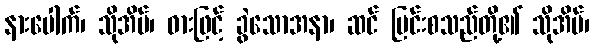
နားပေါက်၊ သိုအိမ်၊ ဓားဖြင့် ခွဲသောအနာ၊ ဆင် မြင်းစသည်တို့၏ သိုအိမ်၊